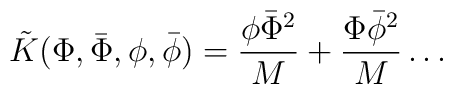
\tilde{K}(\Phi,\bar{\Phi},\phi,\bar{\phi})=\frac{\phi\bar{\Phi}^2}{M}+\frac{\Phi\bar{\phi}^2}{M}\ldots